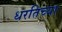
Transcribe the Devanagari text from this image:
धरतिच्या